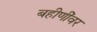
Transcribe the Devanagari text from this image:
बहीणींवर